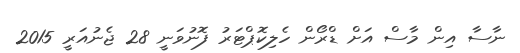
ނާސާ އިން މާސް އަށް ޑްރޯން ހެލިކޮޕްޓަރު ފޮނުވަނީ 28 ޖެނުއަރީ 2015